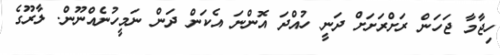
ހިޖާމާ ޖަހަން ރަށްރަށަށް ދަނީ ހުއްދަ އޮންނަ އެކަން ދަން ނަމީހުނެއްނޫން. ލާރޫގެ